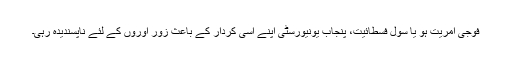
فوجی آمریت ہو یا سول فسطائیت، پنجاب یونیورسٹی اپنے اسی کردار کے باعث زور آوروں کے لئے ناپسندیدہ رہی۔